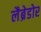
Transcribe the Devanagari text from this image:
लैब्रेडोर